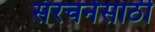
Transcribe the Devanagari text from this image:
संरचनेसाठी